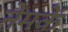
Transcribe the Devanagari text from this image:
नेमकें